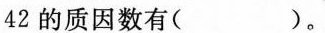
42的质因数有( )。